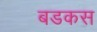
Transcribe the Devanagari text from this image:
बडकस